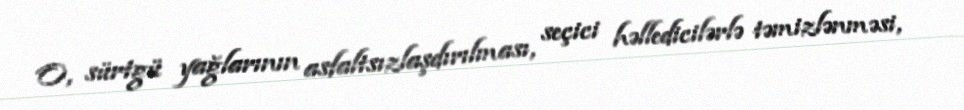
O, sürtgü yağlarının asfaltsızlaşdırılması, seçici həlledicilərlə təmizlənməsi,